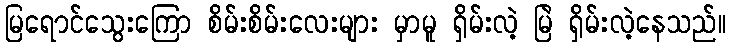
မြရောင်သွေးကြော စိမ်းစိမ်းလေးများ မှာမူ ရှိမ်းလဲ့ မြဲ ရှိမ်းလဲ့နေသည်။